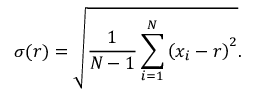
\sigma ( r ) = { \sqrt { { \frac { 1 } { N - 1 } } \sum _ { i = 1 } ^ { N } \left( x _ { i } - r \right) ^ { 2 } } } .